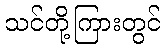
သင်တို့ကြားတွင်